Sanitation, dispensaries and jails vaccination Rajputana 1922-1927 - 1922-1927
Year: 1922
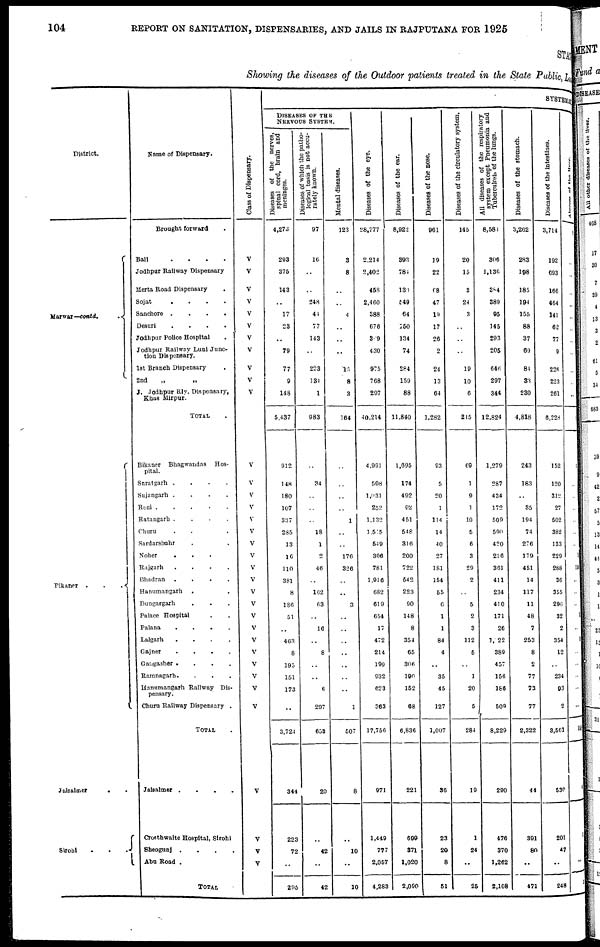
104
REPORT ON SANITATION, DISPENSARIES, AND JAILS IN RAJPUTANA FOR 1925
STAT
Showing the diseases of the Outdoor patients treated in the State Public, Local
District.
Marwar—contd.
Bikaner ...
Jaisalmer
.
.
Sirohi ...
Name of Dispensary.
Brought forward.
Bali
.
.
.
.
Jodhpur Railway Dispensary
Merta Road Dispensary .
Sojat
.
.
.
.
Sanchore
.
.
.
.
Desuri
.
.
.
.
Jodhpur Police Hospital .
Jodhpur Railway Luni Junc-
tion Dispensary.
1st Branch Dispensary .
2nd
„ „
J. Jodhpur Rly. Dispensary,
Khas Mirpur.
TOTAL .
Bikaner Bhagwandas
Hos-
pital.
Suratgarh
.
.
.
.
Sujangarh .
.
.
.
Reni
Ratangarh .
.
.
.
Churu ..
Sardarshahr ..
Noher
...
Rajgarh
.
.
.
.
Bhadran
.
.
.
.
Hanumangarh ..
Dungargarh ...
Palace Hospital ..
Palana
.
.
.
.
Lalgarh
.
.
.
.
Gajner
.
.
.
.
Gangasher
.
.
.
.
Ramnagarh....
Hanumangarh Railway Dis-
pensary.
Churn Railway Dispensary .
TOTAL .
Jaisalmer
.
.
.
.
Crosthwaite Hospital, Sirohi
Sheogunj
.
.
.
.
Abu Road .
TOTAL .
Class of
Dispensary.
V
V
V
V
V
V
V
V
V
V
V
V
V
V
V
V
V
V
V
V
V
V
V
V
V
V
V
V
V
V
V
V
V
V
V
SYSTEMATIC
DISEASES OF THE
NERVOUS SYSTEM.
Diseases of the nerves,
spinal cord, brain and
meninges.
4,273
293
375
143
..
17
23
..
79
77
9
148
5,437
912
148
180
107
337
285
13
16
110
381
8
186
51
..
463
8
195
151
173
..
3,724
344
223
72
..
295
Diseases of which the patho-
logical basis is not accu-
rately known.
97
16
..
..
248
44
77
143
..
223
134
1
983
..
34
..
..
..
18
1
2
46
..
162
63
..
16
..
8
..
..
6
297
653
20
..
42
..
42
Mental diseases.
123
3
8
..
..
4
..
..
..
15
8
3
164
..
..
..
..
1
..
..
176
326
..
..
3
..
..
..
..
..
..
..
1
507
8
..
10
..
10
Diseases of the eye.
28,777
2,214
2,402
458
2,460
388
676
309
430
975
768
297
40,214
4,991
508
1,031
252
1,132
1,515
549
306
781
1,916
682
619
654
17
472
214
199
932
623
363
17,756
971
1,449
777
2,057
4,283
Diseases of the ear.
8,922
393
784
130
549
64
150
134
74
284
159
88
11,840
1,695
174
492
92
451
548
316
200
722
542
223
90
148
8
354
65
306
190
152
68
6,836
221
699
371
1,020
2,090
Diseases of the nose.
961
19
22
68
47
19
17
26
2
24
13
64
1,282
93
5
20
1
114
14
40
27
181
154
55
6
1
1
84
4
..
35
45
127
1,007
36
23
20
8
51
Diseases of the circulatory system.
145
20
15
3
24
3
..
..
..
19
10
6
215
69
1
9
1
10
5
6
3
29
2
..
5
2
3
112
5
..
1
20
5
284
19
1
24
..
25
All diseases of the respiratory
system except Pneumonia and
Tuberculosis of the lungs.
8,584
306
1,130
384
389
95
145
293
205
646
297
344
12,824
1,279
287
434
172
509
590
420
216
361
411
234
410
171
26
1,022
389
457
156
186
509
8,229
290
476
370
1,262
2,108
Diseases of the stomach.
3,262
283
198
185
194
155
88
37
69
84
33
230
4,818
243
183
..
35
194
74
276
179
451
14
117
11
48
7
253
8
2
77
73
77
2,322
44
391
80
..
471
Diseases of the intesti
3,714
192
693
166
464
141
62
77
9
226
223
261
6,228
152
120
312
27
502
382
133
229
288
36
355
296
32
2
354
12
..
234
93
2
3,561
530
201
47
..
248
Abscess
of
the
liver.
1
..
..
..
..
..
..
..
..
..
..
..
1
1
..
..
..
..
..
..
1
154
..
..
..
1
..
1
..
..
..
..
..
165
1
1
..
..
1